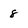
Character: 8